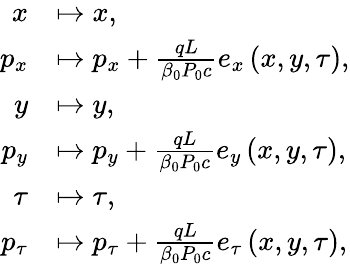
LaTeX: \begin{array}{rl}{x}&{\mapsto x,}\\ {p_{x}}&{\mapsto p_{x}+\frac{qL}{\beta_{0}P_{0}c}e_{x}\left(x,y,\tau\right),}\\ {y}&{\mapsto y,}\\ {p_{y}}&{\mapsto p_{y}+\frac{qL}{\beta_{0}P_{0}c}e_{y}\left(x,y,\tau\right),}\\ {\tau}&{\mapsto\tau,}\\ {p_{\tau}}&{\mapsto p_{\tau}+\frac{qL}{\beta_{0}P_{0}c}e_{\tau}\left(x,y,\tau\right),}\end{array}